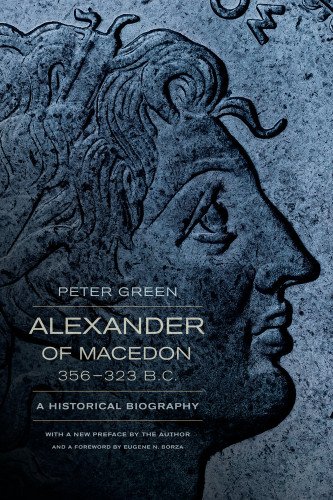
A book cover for Alexander of Macedon, 356-323 B.C.: A Historical Biography; Peter Green; Biographies & Memoirs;